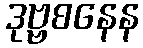
ဒုဗ္ဗစနေန